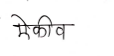
मजकूर: ऐकीव